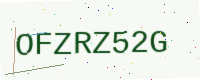
Text: OFZRZ52G